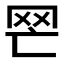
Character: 𦉽